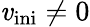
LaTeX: \mathit{v}_{\mathrm{{ini}}}\neq0